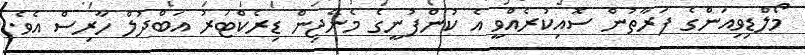
މޯލްޑިވިއަންގެ ފަރާތުން ސޮއިކުރެއްވީ އެ ކުންފުނީގެ މެނޭޖިން ޑިރެކްޓަރު އަބްދުލް ހާރިސް އެވެ.